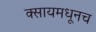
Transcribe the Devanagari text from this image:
क्सायमधूनच